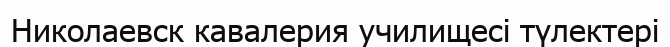
Николаевск кавалерия училищесі түлектері